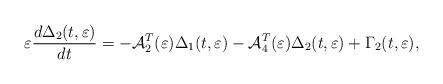
LaTeX: \begin{align*} \varepsilon\frac{d\Delta_{2}(t,\varepsilon)}{dt}=-{\mathcal{A}}_{2}^{T}(\varepsilon)\Delta_{1}(t,\varepsilon) - {\mathcal{A}}_{4}^{T}(\varepsilon)\Delta_{2}(t,\varepsilon)+ \Gamma_{2}(t,\varepsilon),\end{align*}